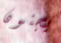
يجنون